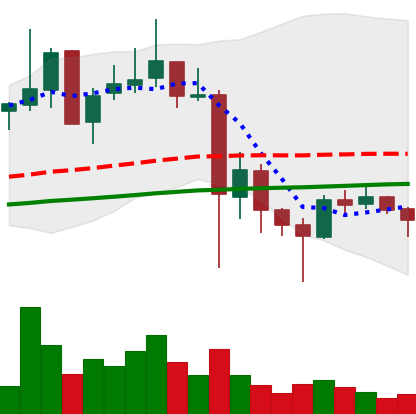
Ticker: XLM-USD
Chart end date: 2021-05-28
Forward return: 5.07%
Label: up_5_7